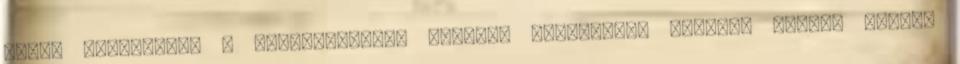
bőrön keresztül. A Belbiztonsági Hivatal munkatársa szerint néhány parfüm